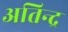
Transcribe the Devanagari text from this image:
अतिन्द्र